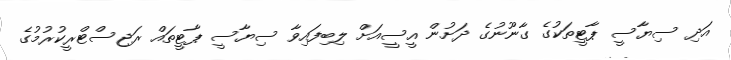
އަދި ސިޔާސީ ޕާޓީތަކުގެ ގާނޫނުގެ ދަށުން އީސީއަށް ލިބިފައިވާ ސިޔާސީ ޕާޓީތައް ރަޖިސްޓްރީކުރުމުގެ